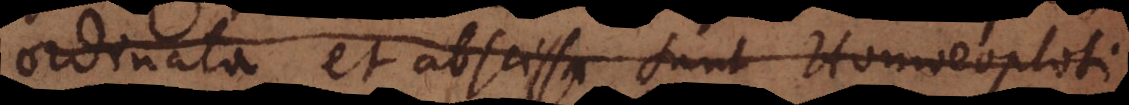
ordinata et abscissa sunt Homoeoptoti,